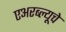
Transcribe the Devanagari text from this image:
एअरब्ल्यूचे